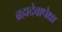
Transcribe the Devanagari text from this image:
ब्रह्मदेवापेक्षा